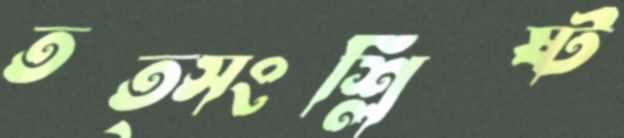
তত্সংশ্লিষ্ট